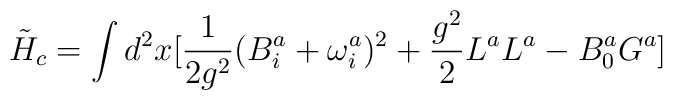
\tilde{H}_{c} = \int d^{2}x[\frac{1}{2g^{2}}(B^{a}_{i} +\omega^{a}_{i})^{2} + \frac{g^{2}}{2}L^{a}L^{a} - B^{a}_{0}G^{a}]